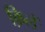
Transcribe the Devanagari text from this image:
क़िलें